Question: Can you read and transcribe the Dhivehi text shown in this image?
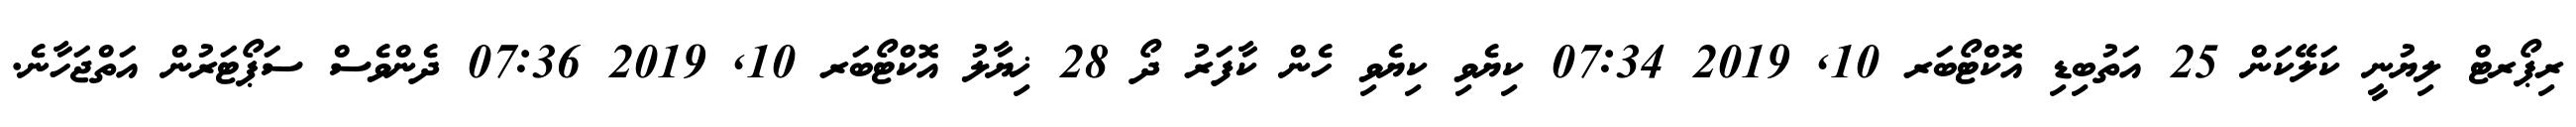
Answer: ރިޕޯރޓް ލިޔުނީ ކަލޭކަން 25 އަތުބިޑި އޮކްޓޯބަރ 10, 2019 07:34 ކިޔެވި ކިޔެވި ހެން ކާފަރު ދޯ 28 ޚިޔާލު އޮކްޓޯބަރ 10, 2019 07:36 ދެންވެސް ސަޕޯޓަރުން އަތްޖަހާނެ.